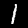
Label: 1